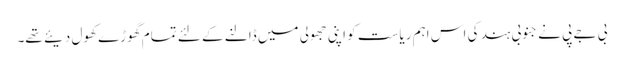
بی جے پی نے جنوبی ہند کی اس اہم ریاست کو اپنی جھولی میں ڈالنے کے لئے تمام گھوڑے کھول دیئے تھے۔